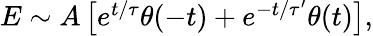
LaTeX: \begin{array}{r}{E\sim A\left[e^{t/\tau}\theta(-t)+e^{-t/\tau^{\prime}}\theta(t)\right],}\end{array}